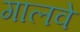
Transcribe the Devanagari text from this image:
गालवे